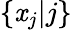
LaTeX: \{ \mathit{x}_{j}|j\}